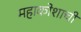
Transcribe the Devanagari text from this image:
महाकोशाची